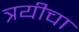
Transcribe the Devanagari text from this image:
त्रयीचा